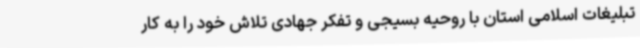
تبلیغات اسلامی استان با روحیه بسیجی و تفکر جهادی تلاش خود را به کار